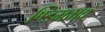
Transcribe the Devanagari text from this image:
ण्डिमभवं